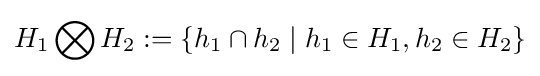
H_{1}\bigotimes H_{2}:=\{h_{1}\cap h_{2}\mid h_{1}\in H_{1},h_{2}\in H_{2}\}